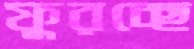
ফুরচ্ছে